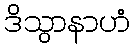
ဒိသွာနာဟံ